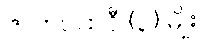
ဇာတပထဝီ (၃) မျိုး